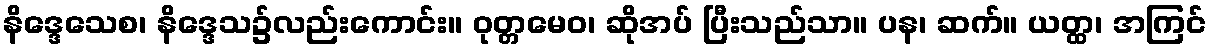
နိဒ္ဒေသေစ၊ နိဒ္ဒေသ၌လည်းကောင်း။ ဝုတ္တမေဝ၊ ဆိုအပ် ပြီးသည်သာ။ ပန၊ ဆက်။ ယတ္ထ၊ အကြင်